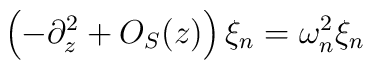
\left( -\partial _{z}^{2}+O_{S}(z)\right) \xi _{n}=\omega _{n}^{2}\xi _{n}